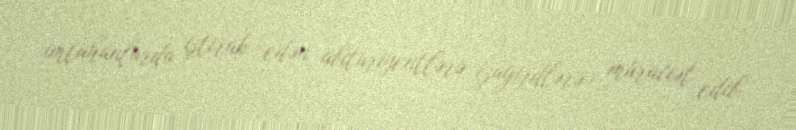
imtahanlarda iştirak edən abituriyentlərə (şagirdlərə) müraciət edib.